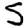
Digit: 5